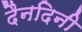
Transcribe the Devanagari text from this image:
दैनदिनी